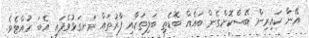
އޭނާ ކައިރިން ބޭސްކޮށްގެން ބައެއް ބޮޑެތި ބަލިތަކާއި ފާރުތައް ރަނގަޅުވެފައި އެބަ ހުއްޓެވެ.